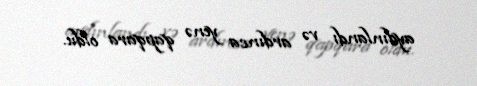
aydınlandı və ardınca yenə qapqara oldu.